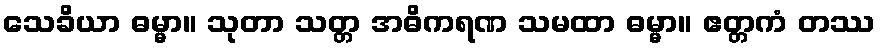
သေခိယာ ဓမ္မာ။ သုတာ သတ္တ အဓိကရဏ သမထာ ဓမ္မာ။ ဧတ္တကံ တဿ